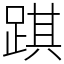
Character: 踑